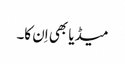
میڈیا بھی اِن کا۔